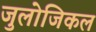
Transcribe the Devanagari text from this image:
जुलोजिकल